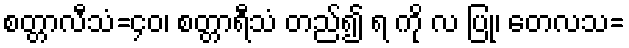
စတ္တာလီသံ=၄၀၊ စတ္တာရီသံ တည်၍ ရ ကို လ ပြု၊ တေလသ=